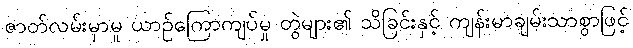
ဇာတ်လမ်းမှာမူ ယာဉ်ကြောကျပ်မှု တွဲများ၏ သိခြင်းနှင့် ကျန်းမာချမ်းသာစွာဖြင့်